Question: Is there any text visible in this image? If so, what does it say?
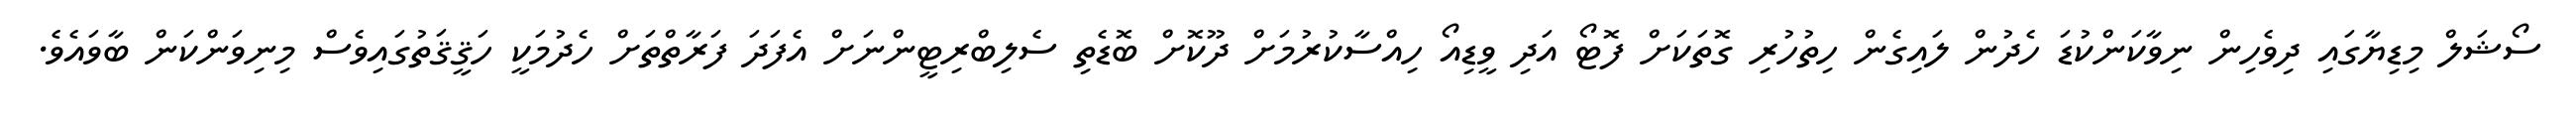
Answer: ސޯޝަލް މިޑިޔާގައި ދިވެހިން ނިވާކަންކުޑަ ހެދުން ލައިގެން ހިތުހުރި ގޮތަކަށް ފޮޓޯ އަދި ވީޑިއޯ ހިއްސާކުރުމަށް ދޫކޮށް ބޮޑެތި ސެލިބްރިޓީންނަށް އެފަދަ ފަރާތްތަށް ހެދުމަކީ ހަޤީޤަތުގައިވެސް މިނިވަންކަން ބާވައެވެ.